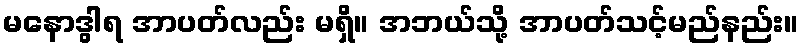
မနောဒွါရ အာပတ်လည်း မရှိ။ အဘယ်သို့ အာပတ်သင့်မည်နည်း။